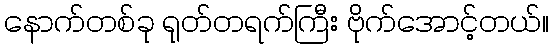
နောက်တစ်ခု ရုတ်တရက်ကြီး ဗိုက်အောင့်တယ်။